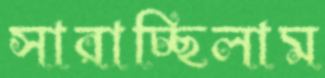
সারাচ্ছিলাম